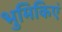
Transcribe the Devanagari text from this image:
भुमिकिएं